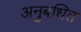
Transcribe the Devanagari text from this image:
अनुबधित